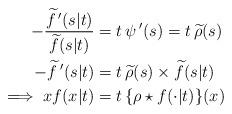
LaTeX: \begin{align*} -\frac{\widetilde f\,^\prime(s\vert t)} {\widetilde f(s\vert t)} &= t\, \psi\,^{\prime}(s) = t \, \widetilde \rho(s) \\\; -\widetilde f\,^\prime(s\vert t) &= t \, \widetilde \rho(s)\times \widetilde f(s\vert t) \ \\\implies x f(x\vert t) &= t \, \{\rho\star f(\cdot\vert t)\}(x)\end{align*}